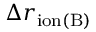
\Delta r _ { \mathrm { i o n ( B ) } }